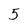
Character: 5